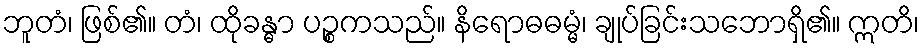
ဘူတံ၊ ဖြစ်၏။ တံ၊ ထိုခန္ဓာ ပဉ္စကသည်။ နိရောဓဓမ္မံ၊ ချုပ်ခြင်းသဘောရှိ၏။ ဣတိ၊